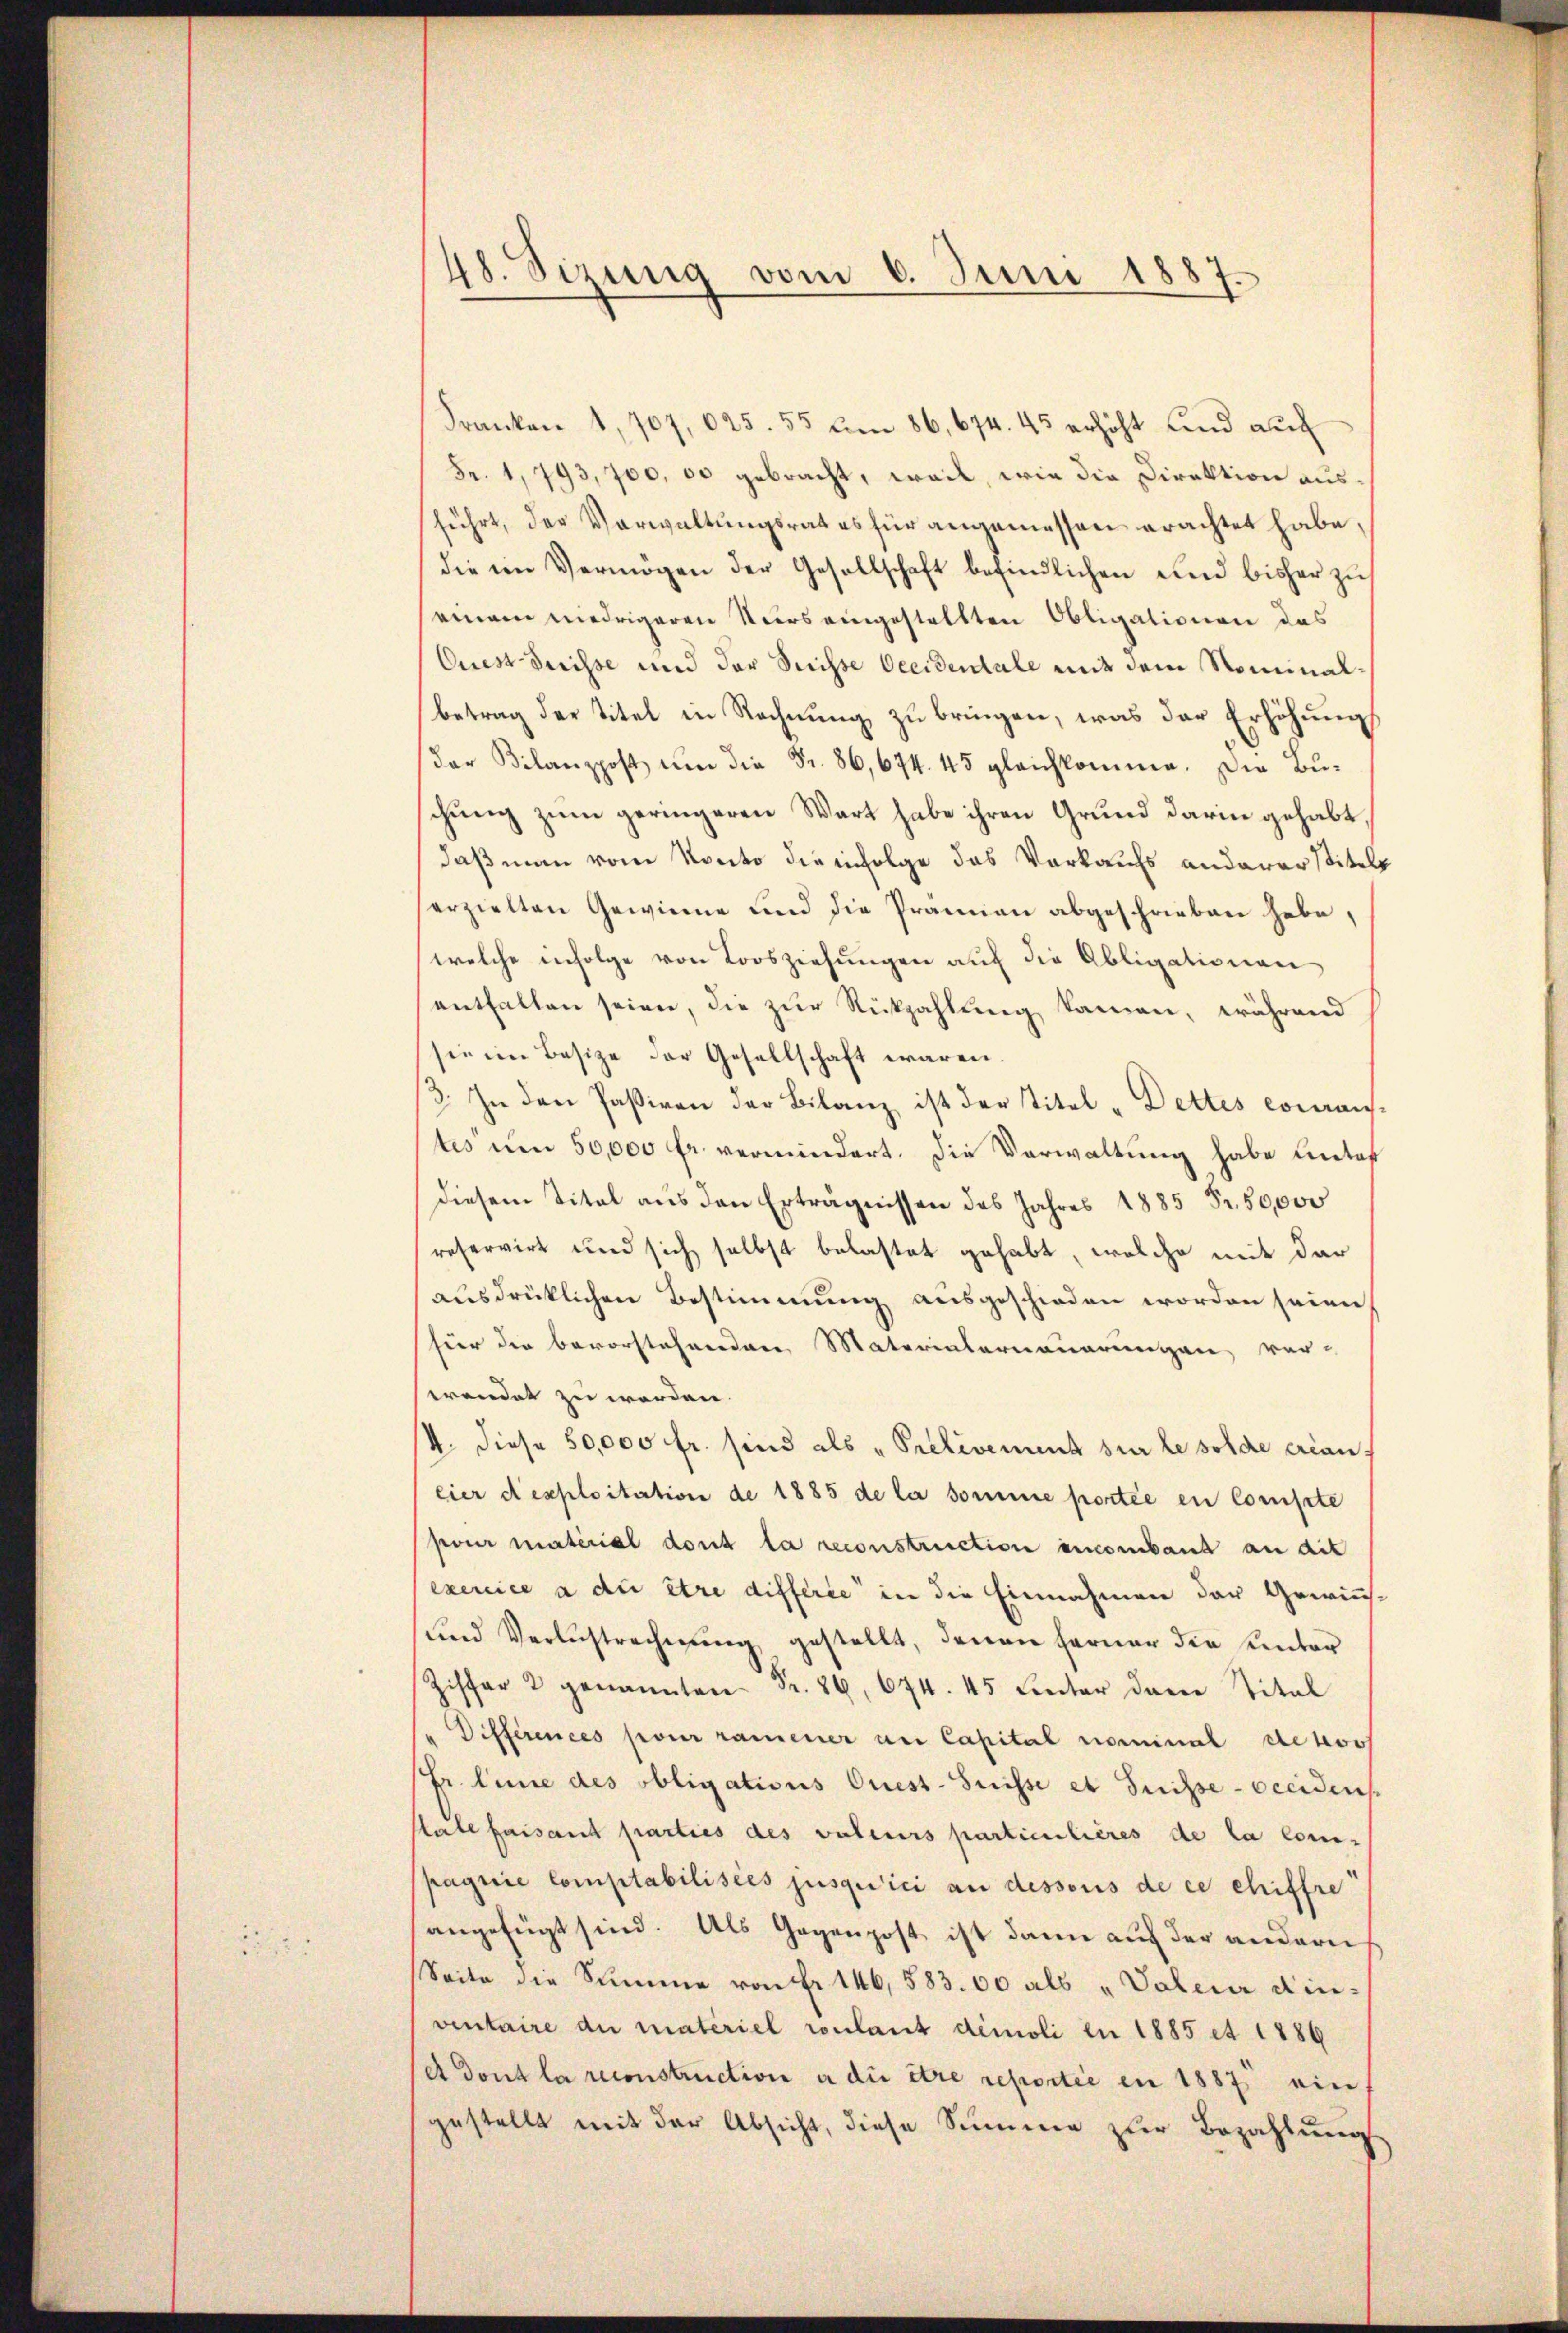
48. Sizung vom 6. Juni 1887.
t

Franken 1,707, 625. 55 um 86, 674. 45 erhöht und auch
Fr. 1, 793, 700, 60 gebracht, weil, wie die Direktion ausführt, der Verwaltungsrat es für angemessen erachtet habe,
die im Vermögen der Gesellschaft befindlichen und bisher zu
seinem niedrigeren Vers eingestellten Obligationen das
Quest dreisse und der Serisse Occidentale mit dem Nominalbetrag der Titel in Rechnung zu bringen, was der Erhöhungs
der Bilanzpost um die Fr. 86, 674. 45 gleichkomme. Die Buschung zum geringeren Wart habe ihren Grund darin gehabt
daß man vom Konto die infolge das Verkaufs andererstitels
serzielten Gewinne und die Prämien abgeschrieben habe,
welche infolge von Toosziehungen auf die Obligationen
enthalten seien, die zur Rückzahlung kamen, während
sie im Besitze der Gesellschaft waren.
3. In den Paßiven der Bilanz ist der Titel-Dettes comanstes um 50,000 fr. vermindert. Die Verwaltung habe unter
diesem Titel aus den Erträgnissen des Jahres 1885 Fr. 50,000
reservirt und sich selbst belastet gehabt, welche mit der
ausdrücklichen Bestimmung ausgeschieden worden seien
für die bevorstehenden Materialerneuerungen ver-
swendet zu werden.
4. diese 50,000 fr. sind als „Prelevement sur le solde erlan
eier dexploitation de 1885 de la somme portée en Compete
poier material dont la reconstruction encomband an die
exercice a di être differie in die Einnahmen der Gewin-
ŭnd Verlustrechnŭng gestellt, denen ferner die unter
Ziffer 2 genannten Fr. 89, 674. 45 Unter daran Titel
Differences pour ramener an Capital nominal densos
(Dr. Linie des obligations Crest-Suisse et Suisse - occidens
stale faisant parties des valeurs particulières de la com-
pagnie Comptabilisies jusquici an dessous de ce chiffre
angefügt sind. Als Gegenpost ist dann auf der andern
Seite die Summe von Fr. 146, 583.00 als „Vater Kin-
ventaire di materiel roulant démoli in 1885 et 1886
e dont la reconstruction a die être reportie en 1887 ein
gestellt mit der Absicht, diese Summe zur Bezahlung